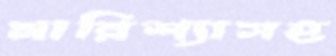
মারিশ্যাসহ